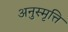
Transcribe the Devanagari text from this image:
अनुस्मृत्ति